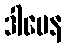
ဒါမေန